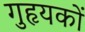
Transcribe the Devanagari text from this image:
गुहृयकों